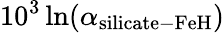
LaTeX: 10^{3}\ln(\alpha_{\mathrm{silicate-FeH}})